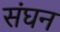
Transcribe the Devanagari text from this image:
संघन